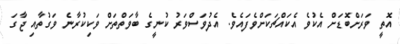
އޮތީ ވަރަށްބޮޑަށް އެކުވެ އެކައްޗަކަށްވެފައެވެ. އެދުވަސްވަރު ކުނީގެ ބާވަތްތަށް ވަކިކުރާނެ ވަގުތާއި ޖާގަ